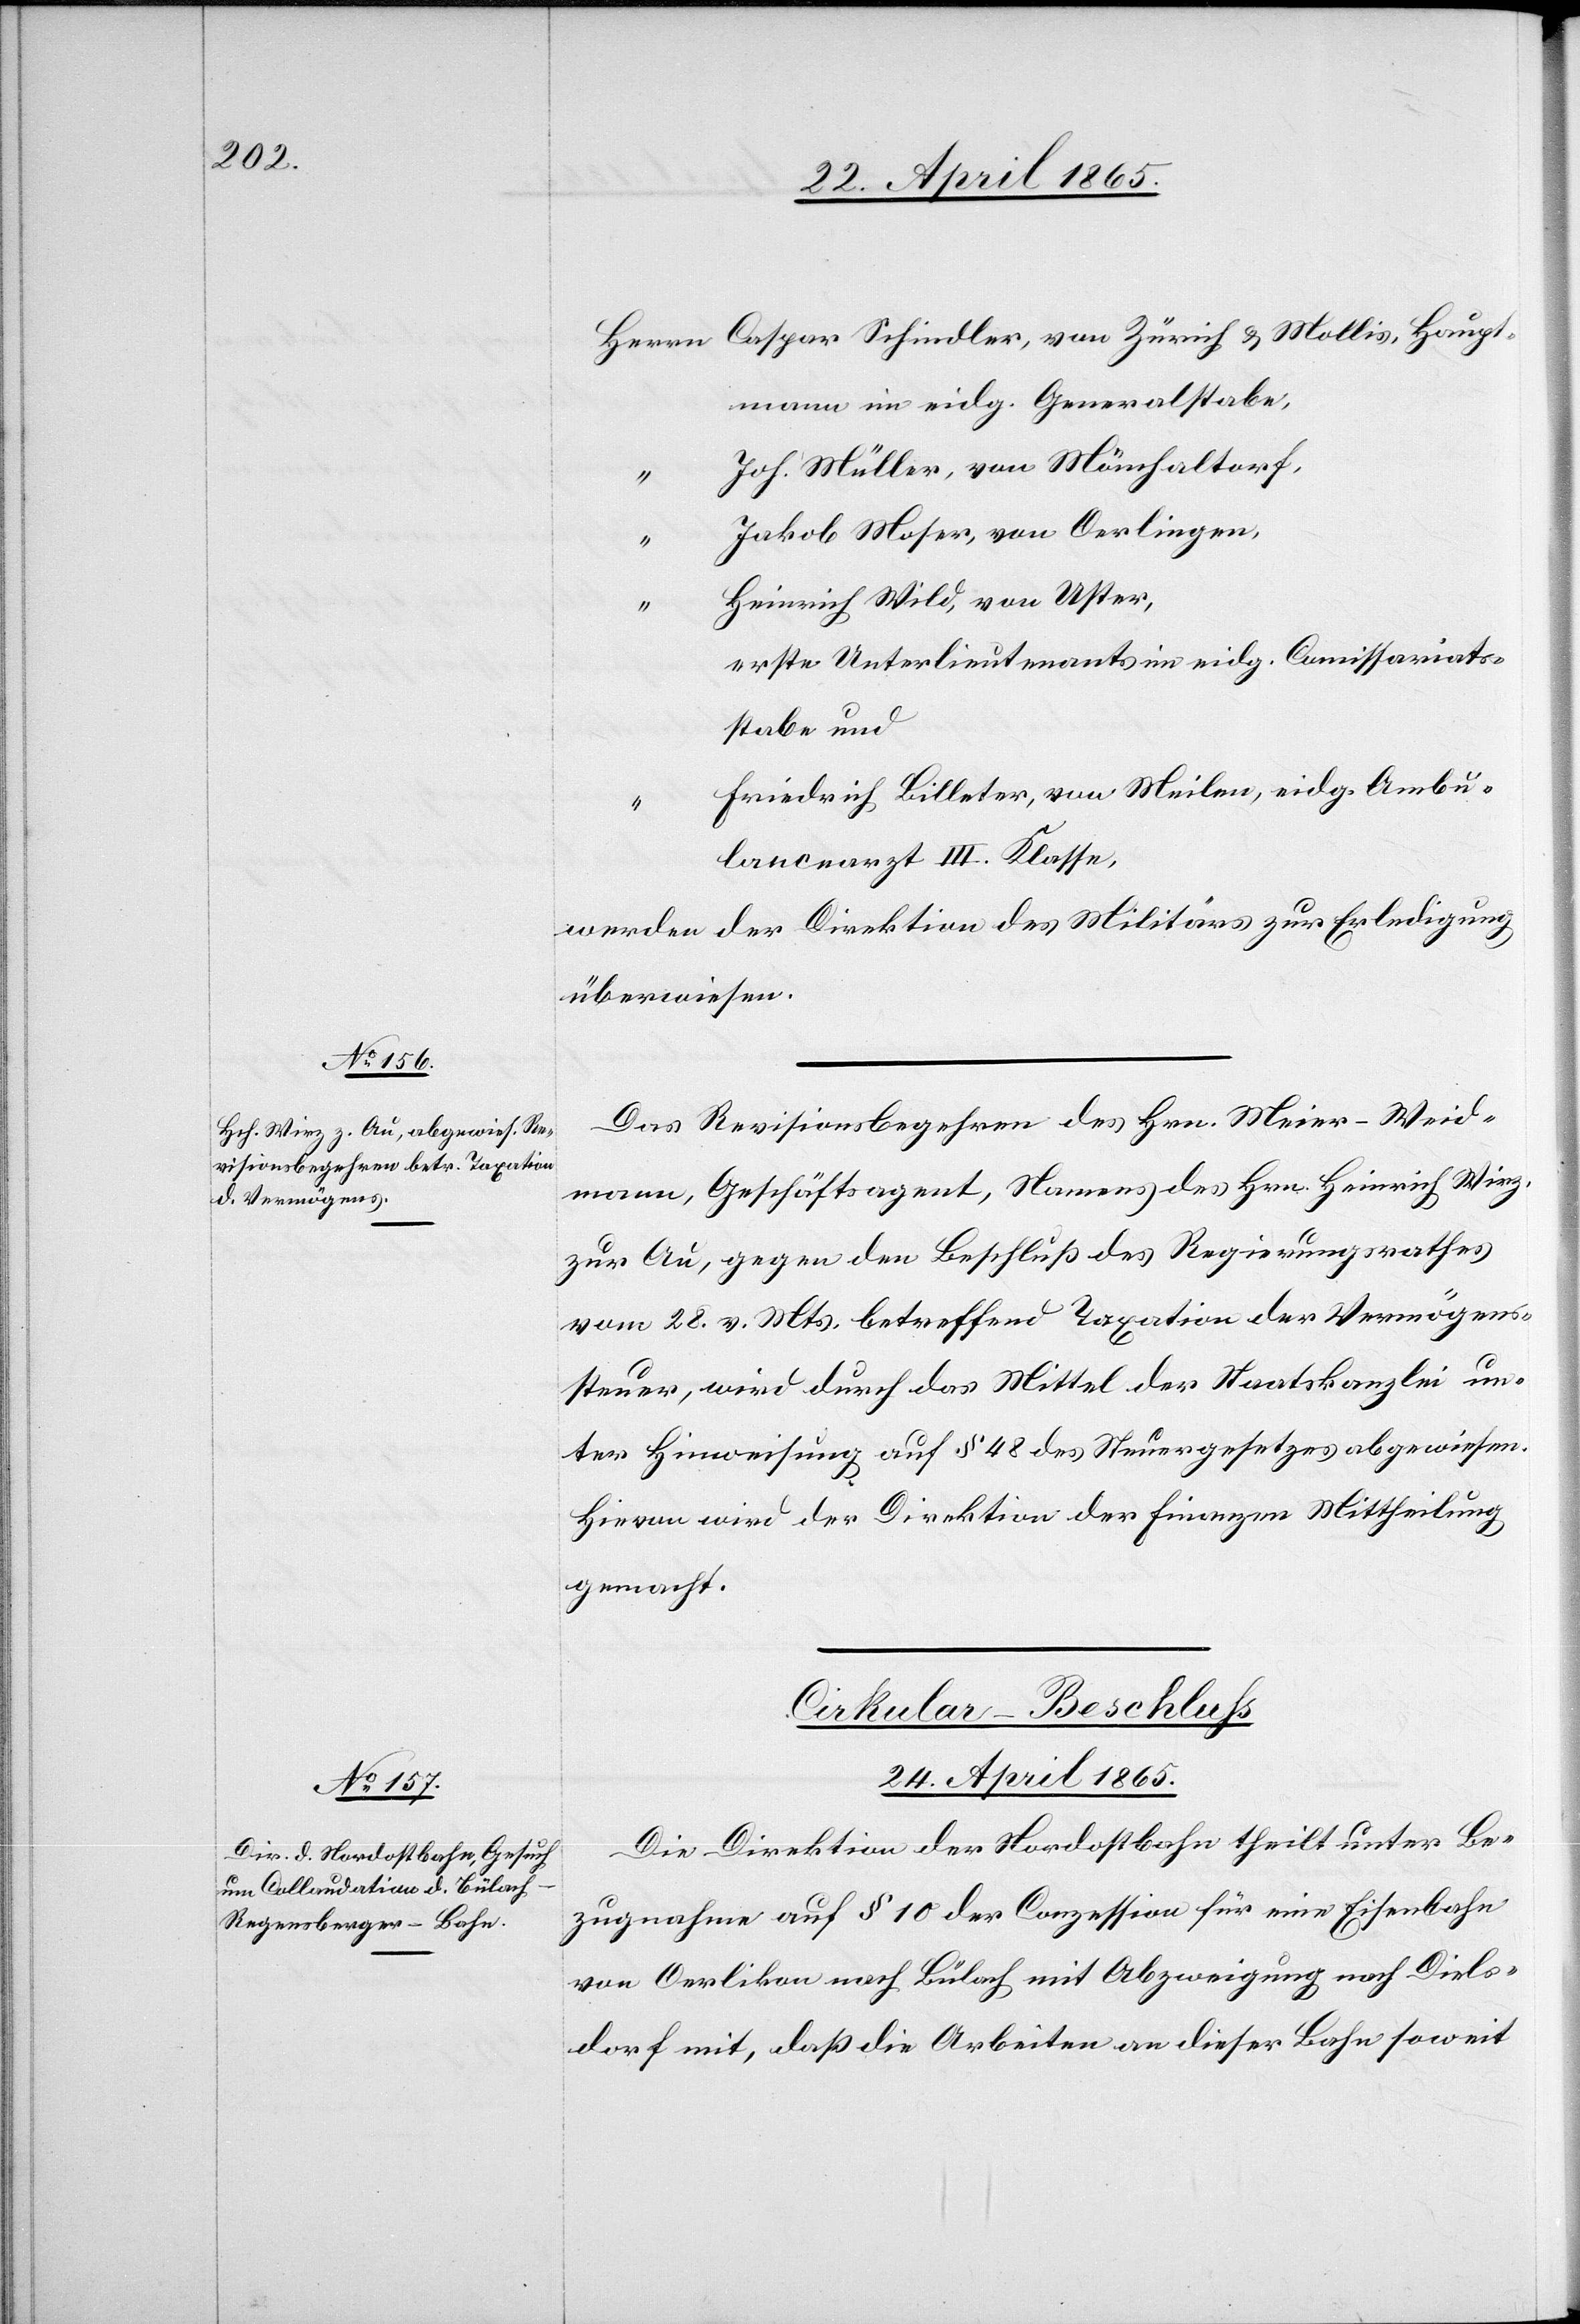
22. April 1865.]
aspar Schindler, von Zürich & Mollis, Haupt¬
Herrn	C¬
mann in eidg. Generalstabe,
“		Joh. Müller, von Mönchaltorf,
“		Jakob Moser, von Oerlingen,
“		Heinrich Wild, von Uster,
“		erste Unterlieutenants im eidg. Commissariats¬
stabe und
“		Friedrich Billeter, von Meilen, eidg. Ambu¬
lancearzt III. Klasse,
werden der Direktion des Militärs zur Erledigung
überwiesen.
Das Revisionsbegehren des Hrn. Meier-Weid¬
mann, Geschäftsagent, Namens des Hrn. Heinrich Wirz,
zur Au, gegen den Beschluß des Regierungsrathes
vom 28. v. Mts. betreffend Taxation der Vermögens¬
steuer, wird durch das Mittel der Staatskanzlei un¬
ter Hinweisung auf § 48 des Steuergesetzes abgewiesen.
Hievon wird der Direktion der Finanzen Mittheilung
gemacht.
Cirkular-Beschluss
24. April 1865.
Die Direktion der Nordostbahn theilt unter Be¬
zugnahme auf § 10 der Conzession für eine Eisenbahn
von Oerlikon nach Bülach mit Abzweigung nach Diels¬
dorf mit, daß die Arbeiten an dieser Bahn soweit